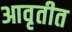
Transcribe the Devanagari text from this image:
आवृतीत